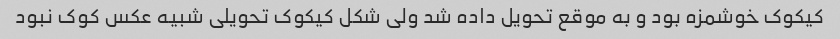
کیکوک خوشمزه بود و به موقع تحویل داده شد ولی شکل کیکوک تحویلی شبیه عکس کوک نبود